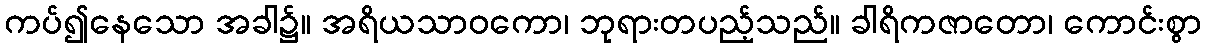
ကပ်၍နေသော အခါ၌။ အရိယသာဝကော၊ ဘုရားတပည့်သည်။ ခါရိကဇာတော၊ ကောင်းစွာ